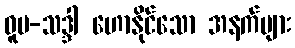
ဓူမ-သဒ္ဒါ ဟောနိုင်သော အနက်များ